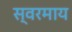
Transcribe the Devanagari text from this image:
स्वरमाय